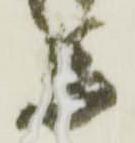
馬